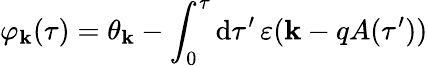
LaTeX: \varphi_{\mathbf{k}}(\tau)=\theta_{\mathbf{k}}-\int_{0}^{\tau}\mathrm{{d}}\tau^{\prime}\, \varepsilon(\mathbf{k}-qA(\tau^{\prime}))